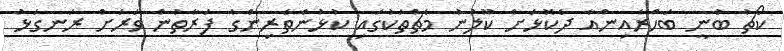
ކޯޗު ބުނީ ބަހްރެއިންއާ ދެކޮޅަށް ކޫލުނު މެޗްތަކުގައި ކުޅުންތެރިންގެ ފަރާތުން ވަރަށް ރަނގަޅު